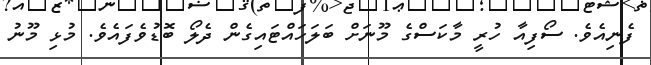
ފެނިއެވެ. ސޯފިއާ ހުރީ މާކަސްގެ މޫނަށް ބަލަހައްޓައިގެން ދެލޯ ބޮޑުވެފައެވެ. މުޅި މޫނު